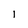
Character: l